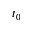
t _ { 0 }